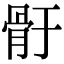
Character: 骬